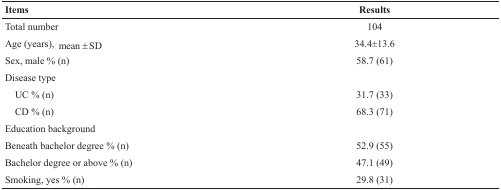
<table><thead><tr><td><b>Items</b></td><td><b>Results</b></td></tr></thead><tbody><tr><td>Total number</td><td>104</td></tr><tr><td>Age (years), mean ± SD</td><td>34.4±13.6</td></tr><tr><td>Sex, male % (n)</td><td>58.7 (61)</td></tr><tr><td>Disease type</td><td></td></tr><tr><td> UC % (n)</td><td>31.7 (33)</td></tr><tr><td> CD % (n)</td><td>68.3 (71)</td></tr><tr><td>Education background</td><td></td></tr><tr><td>Beneath bachelor degree % (n)</td><td>52.9 (55)</td></tr><tr><td>Bachelor degree or above % (n)</td><td>47.1 (49)</td></tr><tr><td>Smoking, yes % (n)</td><td>29.8 (31)</td></tr></tbody></table>